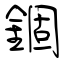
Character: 錮